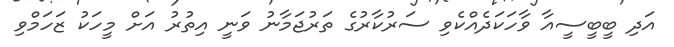
އަދި ބީބީސީއާ ވާހަކަދެއްކެވި ސަރުކާރުގެ ތަރުޖަމާނު ވަނީ އިތުރު އަށް މީހަކު ޒަހަމްވި